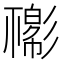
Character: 𢒴